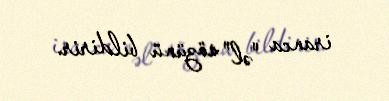
iranca "əl" sözünü bildirir.